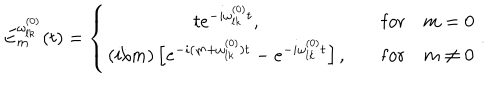
E _ { m } ^ { \omega _ { l k } ^ { ( 0 ) } } ( t ) = \left\{ \begin{array} { c c } { { t e ^ { - i \omega _ { l k } ^ { ( 0 ) } t } , } } & { { \quad \mathrm { f o r } \quad m = 0 } } \\ { { ( i / m ) \left[ e ^ { - i ( m + \omega _ { l k } ^ { ( 0 ) } ) t } - e ^ { - i \omega _ { l k } ^ { ( 0 ) } t } \right] , } } & { { \quad \mathrm { f o r } \quad m \neq 0 } } \\ \end{array} \right. .